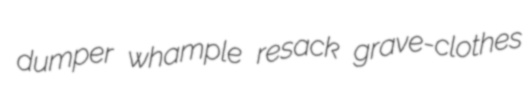
dumper whample resack grave-clothes